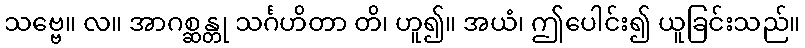
သဗ္ဗေ။ လ။ အာဂစ္ဆန္တု သင်္ဂဟိတာ တိ၊ ဟူ၍။ အယံ၊ ဤပေါင်း၍ ယူခြင်းသည်။